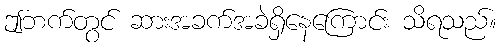
ဤဘက်တွင် ဆားအခက်အခဲရှိနေကြောင်း သိရသည်။